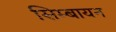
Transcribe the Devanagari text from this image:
सिम्बायन